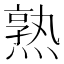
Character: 熟